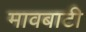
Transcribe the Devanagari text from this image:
मावबाटी